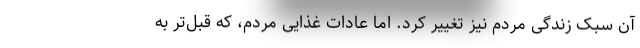
آن سبک زندگی مردم نیز تغییر کرد. اما عادات غذایی مردم، که قبل‌تر به